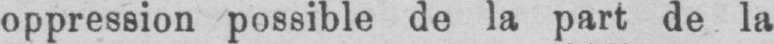
oppression possible de la part de la